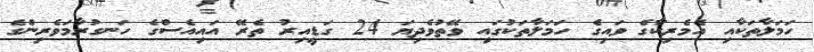
ހަމަލާތަކާއި އެމެރިކާގެ ވައިގެ ހަމަލާތަކުގައި ވޭތުވެދިޔަ 24 ގަޑީއިރު ތެރޭ އައިއެސްގެ ހަނގުރާމަވެރިންގެ